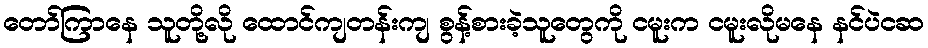
တော်ကြာနေ သူတို့လို ထောင်ကျတန်းကျ စွန့်စားခဲ့သူတွေကို ငမူးက ငမူးလိုမနေ နင်ပဲငဆ